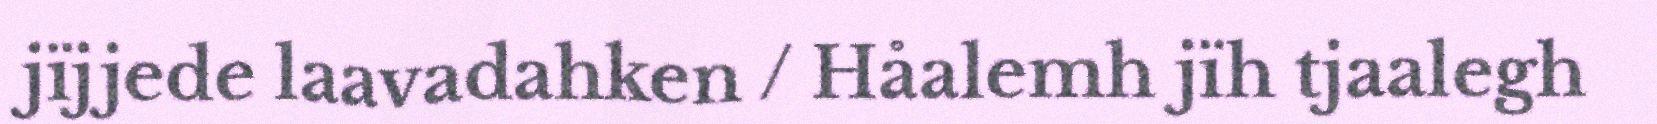
jïjjede laavadahken / Håalemh jïh tjaalegh